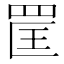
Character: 𦊺